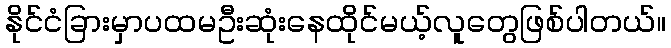
နိုင်ငံခြားမှာပထမဦးဆုံးနေထိုင်မယ့်လူတွေဖြစ်ပါတယ်။